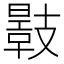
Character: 𢻣